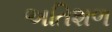
અતિશળ